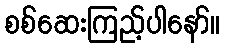
စစ်ဆေးကြည့်ပါနော်။